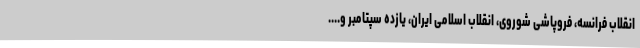
انقلاب فرانسه، فروپاشی شوروی، انقلاب اسلامی ایران، یازده سپتامبر و....